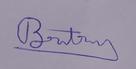
Signature authenticity: genuine